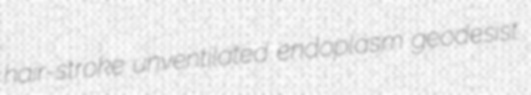
hair-stroke unventilated endoplasm geodesist